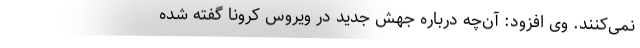
نمی‌‌کنند. وی افزود: آن‌‌چه درباره جهش جدید در ویروس کرونا گفته شده